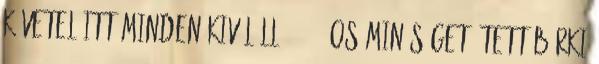
követel itt minden kivülálló 100 %-os minőséget? Tett bárki